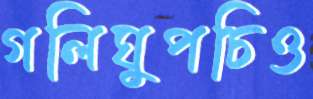
গলিঘুপচিও